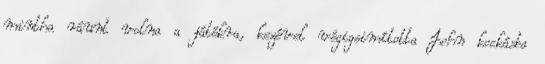
mintha ráunt volna a játékra, kezével végigsimította John kockásba